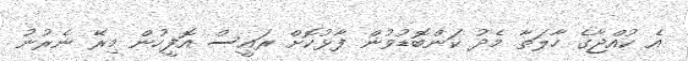
އެ ކުއްޖާގެ ހާލަތާ މެދު ކަންބޮޑުވުން ފާޅުކޮށް ރައީސް އޮފީހުން މިރޭ ނެރުނު